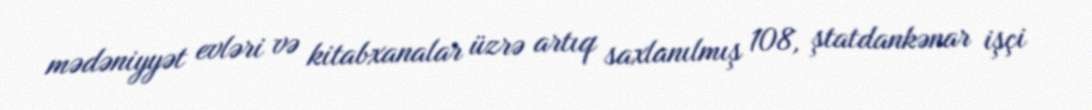
mədəniyyət evləri və kitabxanalar üzrə artıq saxlanılmış 108, ştatdankənar işçi